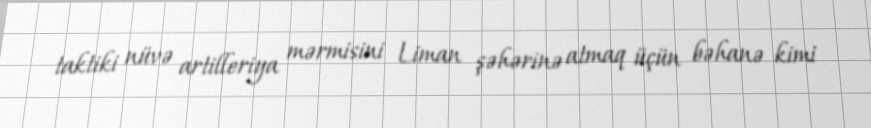
taktiki nüvə artilleriya mərmisini Liman şəhərinə atmaq üçün bəhanə kimi